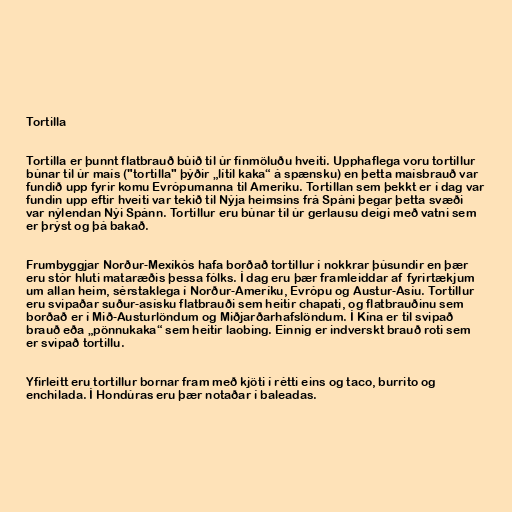
Tortilla

Tortilla er þunnt flatbrauð búið til úr fínmöluðu hveiti. Upphaflega voru tortillur
búnar til úr maís ("tortilla" þýðir „lítil kaka“ á spænsku) en þetta maísbrauð var
fundið upp fyrir komu Evrópumanna til Ameríku. Tortillan sem þekkt er í dag var
fundin upp eftir hveiti var tekið til Nýja heimsins frá Spáni þegar þetta svæði
var nýlendan Nýi Spánn. Tortillur eru búnar til úr gerlausu deigi með vatni sem
er þrýst og þá bakað.

Frumbyggjar Norður-Mexíkós hafa borðað tortillur í nokkrar þúsundir en þær
eru stór hluti mataræðis þessa fólks. Í dag eru þær framleiddar af fyrirtækjum
um allan heim, sérstaklega í Norður-Ameríku, Evrópu og Austur-Asíu. Tortillur
eru svipaðar suður-asísku flatbrauði sem heitir chapati, og flatbrauðinu sem
borðað er í Mið-Austurlöndum og Miðjarðarhafslöndum. Í Kína er til svipað
brauð eða „pönnukaka“ sem heitir laobing. Einnig er indverskt brauð roti sem
er svipað tortillu.

Yfirleitt eru tortillur bornar fram með kjöti í rétti eins og taco, burrito og
enchilada. Í Hondúras eru þær notaðar í baleadas.